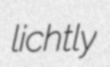
lichtly